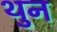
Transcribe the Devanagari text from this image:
थुन